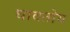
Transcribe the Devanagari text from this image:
घावतोय